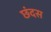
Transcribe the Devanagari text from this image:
छंदस